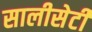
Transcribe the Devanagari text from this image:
सालीसेटी